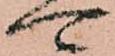
可